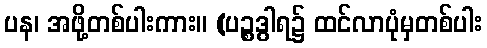
ပန၊ အဖို့တစ်ပါးကား။ (ပဉ္စဒွါရ၌ ထင်လာပုံမှတစ်ပါး